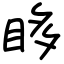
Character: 眵